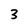
Character: 3